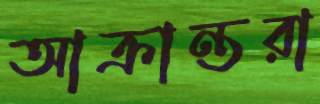
আক্রান্তরা